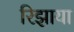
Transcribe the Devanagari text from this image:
रिझाया